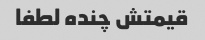
قیمتش چنده لطفا